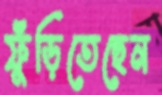
ফুঁড়িতেছেন